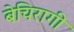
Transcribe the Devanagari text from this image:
बेचिरागी